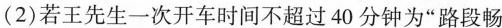
(2)若王先生一次开车时间不超过40分钟为”路段畅